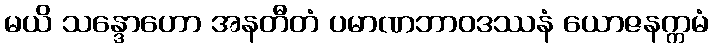
မယိ သန္ဒောဟော အနတီတံ ပမာဏဘာဝဒဿနံ ယောဇနက္ကမံ